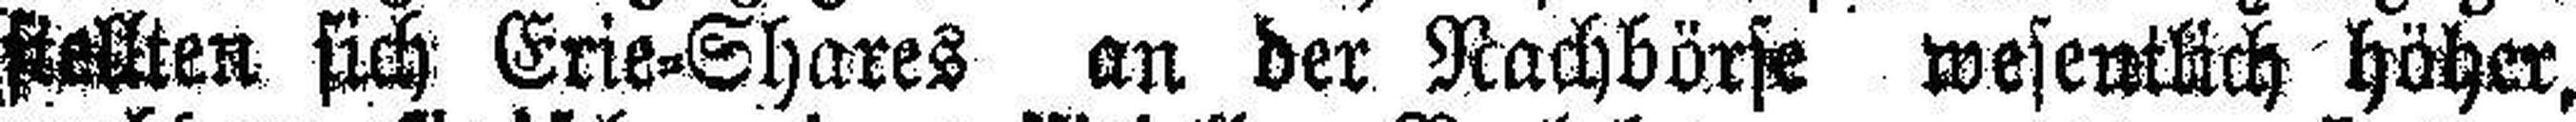
stellten sich Erie=Shares an der Nachbörse wesentlich höher,